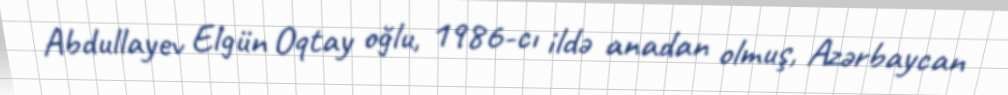
Abdullayev Elgün Oqtay oğlu, 1986-cı ildə anadan olmuş, Azərbaycan